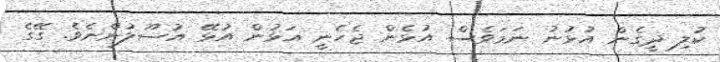
ކުލި ދީގެން އުޅުނު ނަމަވެސް އުޅެން ޖެހެނީ އަޅުން އުޅޭ އުސޫލުންނެވެ. ގޭގެ